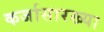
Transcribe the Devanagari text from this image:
कर्जासारख्या